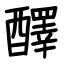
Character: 醳